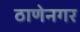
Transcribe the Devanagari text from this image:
ठाणेनगर